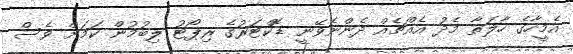
އެމީހާގެ ހާލަތާ މެދު އެއްޗެއް ދެންނެވޭނީ ޑޮކްޓަރުގެ ރިޕޯޓު ލިބުމުން ކަމަށް ވެސް